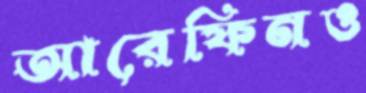
আরেফিনও